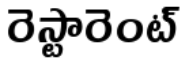
రెస్టారెంట్